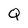
Character: Q